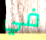
في